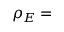
\rho _ { E } =